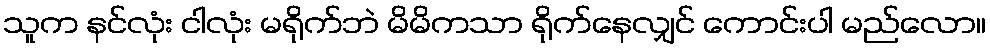
သူက နင်လုံး ငါလုံး မရိုက်ဘဲ မိမိကသာ ရိုက်နေလျှင် ကောင်းပါ မည်လော။